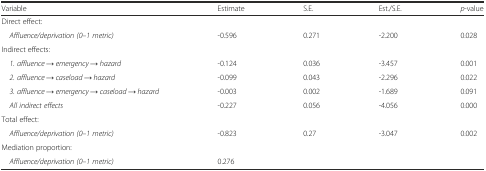
<table><thead><tr><td><b>Variable</b></td><td><b>Estimate</b></td><td><b>S.E.</b></td><td><b>Est./S.E.</b></td><td><b><i>p</i>-value</b></td></tr></thead><tbody><tr><td>Direct effect:</td><td></td><td></td><td></td><td></td></tr><tr><td><i> Affluence/deprivation (0</i>–<i>1 metric)</i></td><td>-0.596</td><td>0.271</td><td>-2.200</td><td>0.028</td></tr><tr><td>Indirect effects:</td><td></td><td></td><td></td><td></td></tr><tr><td><i> 1. affluence → emergency → hazard</i></td><td>-0.124</td><td>0.036</td><td>-3.457</td><td>0.001</td></tr><tr><td><i> 2. affluence → caseload → hazard</i></td><td>-0.099</td><td>0.043</td><td>-2.296</td><td>0.022</td></tr><tr><td><i> 3. affluence → emergency → caseload → hazard</i></td><td>-0.003</td><td>0.002</td><td>-1.689</td><td>0.091</td></tr><tr><td><i> All indirect effects</i></td><td>-0.227</td><td>0.056</td><td>-4.056</td><td>0.000</td></tr><tr><td>Total effect:</td><td></td><td></td><td></td><td></td></tr><tr><td><i> Affluence/deprivation (0</i>–<i>1 metric)</i></td><td>-0.823</td><td>0.27</td><td>-3.047</td><td>0.002</td></tr><tr><td>Mediation proportion:</td><td></td><td></td><td></td><td></td></tr><tr><td><i> Affluence/deprivation (0</i>–<i>1 metric)</i></td><td>0.276</td><td></td><td></td><td></td></tr></tbody></table>